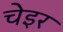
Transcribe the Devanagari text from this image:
चेइर